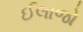
ઈલાજો